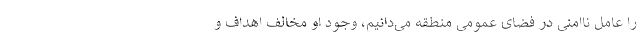
را عامل ناامنی در فضای عمومی منطقه می‌دانیم، وجود او مخالف اهداف و